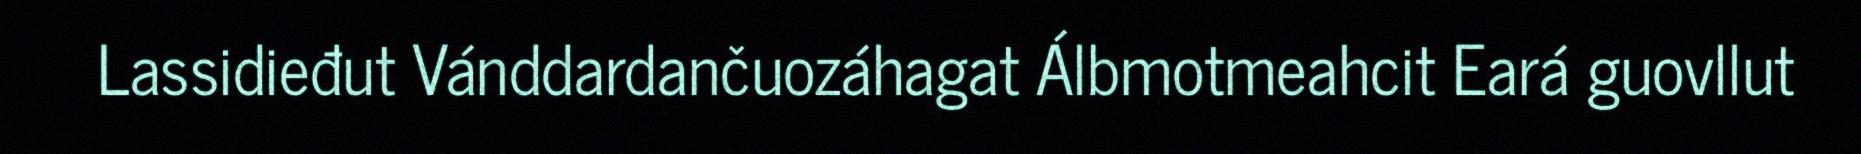
Lassidieđut Vánddardančuozáhagat Álbmotmeahcit Eará guovllut